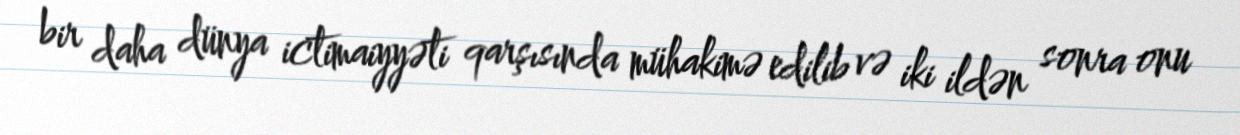
bir daha dünya ictimaiyyəti qarşısında mühakimə edilib və iki ildən sonra onu